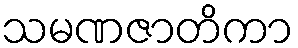
သမဏဇာတိကာ